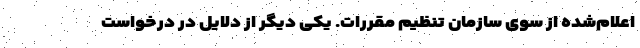
اعلام‌شده از سوی سازمان تنظیم مقررات. یکی‌ دیگر از دلایل در درخواست